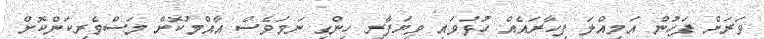
ވަރަށް ފަހުން އަމިއްލަ ފިހާރައެއް ހުޅުވައި ވިޔަފާރި ހިންގި ނަމަވެސް އާއްމުކޮށް މަސްވެރިކަންކޮށް